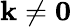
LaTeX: \mathbf k\neq\mathbf 0